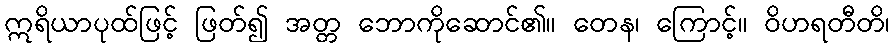
ဣရိယာပုထ်ဖြင့် ဖြတ်၍ အတ္တ ဘောကိုဆောင်၏။ တေန၊ ကြောင့်။ ဝိဟရတီတိ၊